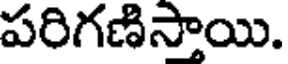
పరిగణిస్తాయి.